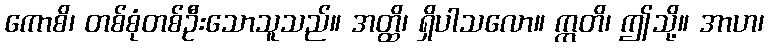
ကောစိ၊ တစ်စုံတစ်ဦးသောသူသည်။ အတ္ထိ၊ ရှိပါသလော။ ဣတိ၊ ဤသို့။ အာဟ၊